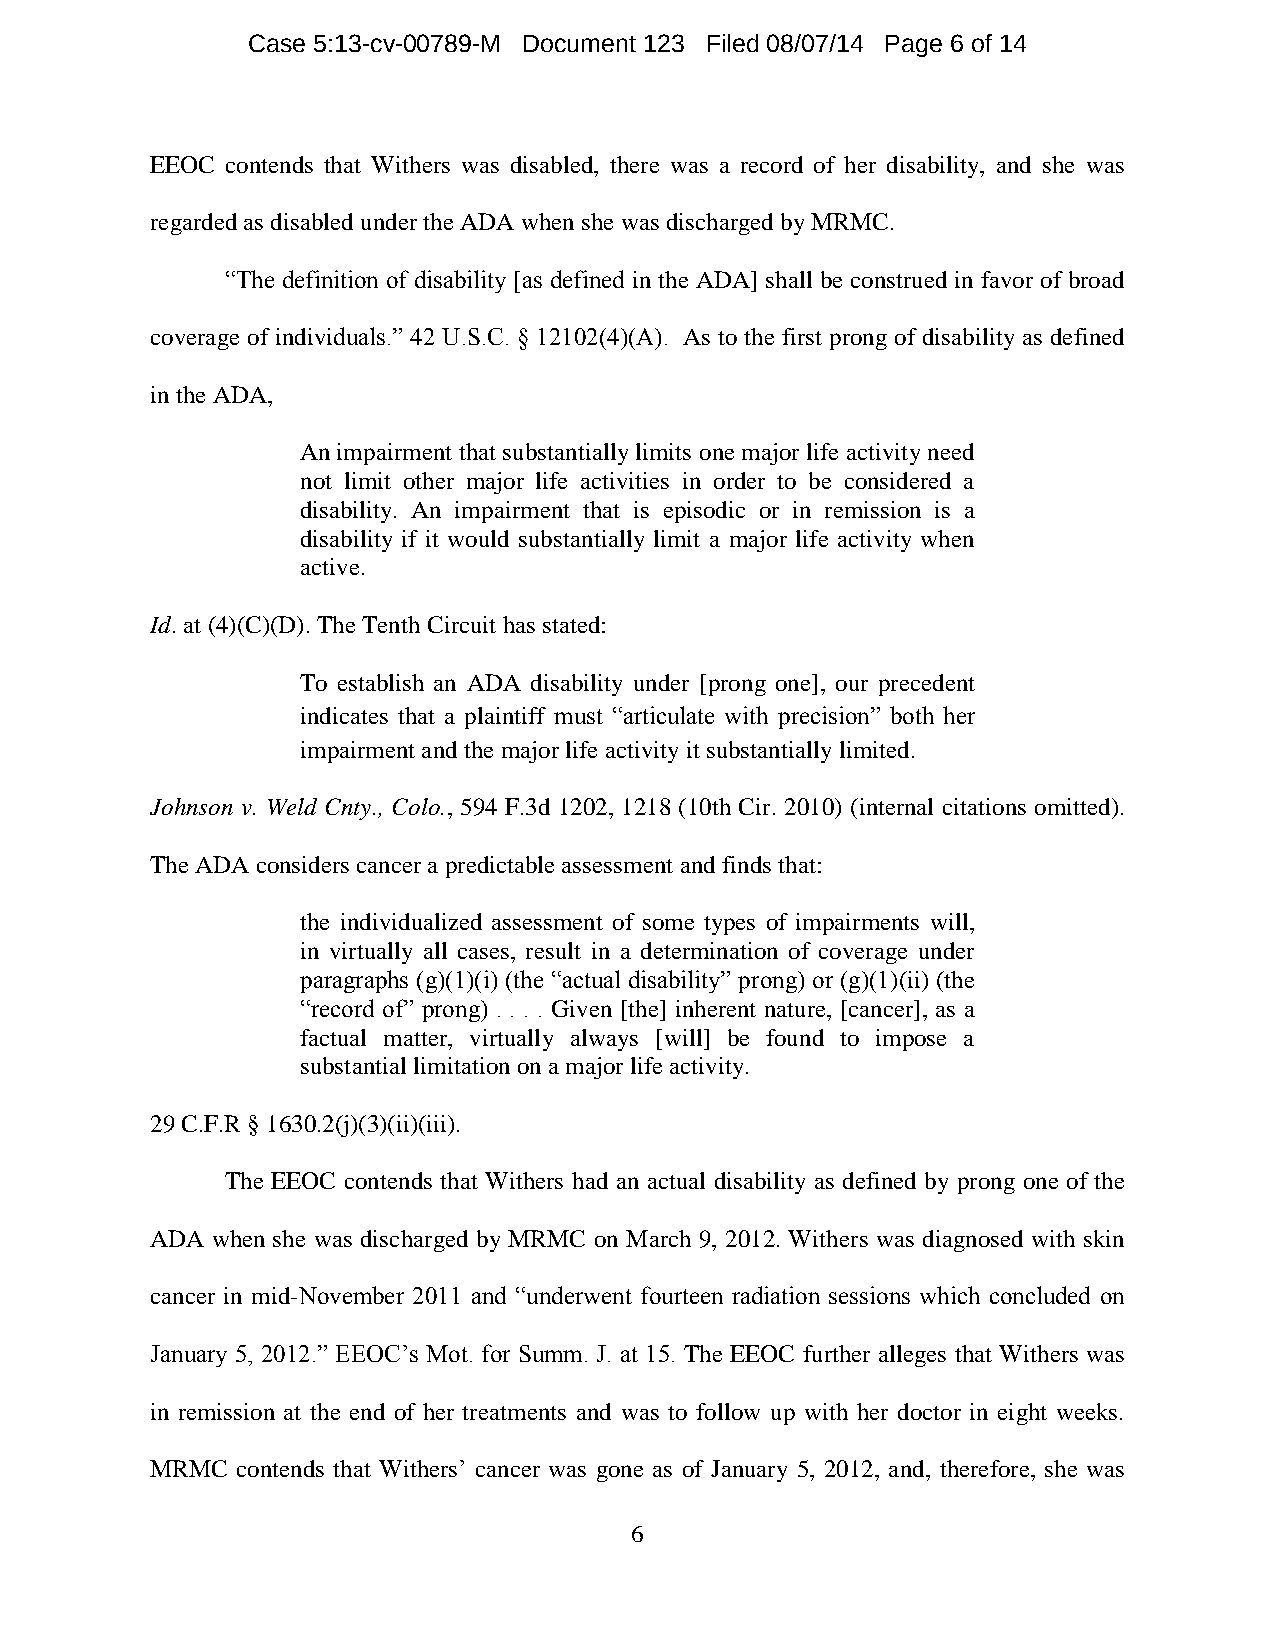
Case 5:13-cv-00789-M Document 123 Filed 08/07/14 Page 6 of 14
 EEOC contends that Withers was disabled, there was a record of her disability, and she was
 regarded as disabled under the ADA when she was discharged by MRMC.
 “The definition of disability [as defined in the ADA] shall be construed in favor of broad
 coverage of individuals.” 42 U.S.C. § 12102(4)(A). As to the first prong of disability as defined
 in the ADA,
 An impairment that substantially limits one major life activity need
 not limit other major life activities in order to be considered a
 disability. An impairment that is episodic or in remission is a
 disability if it would substantially limit a major life activity when
 active.
 Id. at (4)(C)(D). The Tenth Circuit has stated:
 To establish an ADA disability under [prong one], our precedent
 indicates that a plaintiff must “articulate with precision” both her
 impairment and the major life activity it substantially limited.
 Johnson v. Weld Cnty., Colo., 594 F.3d 1202, 1218 (10th Cir. 2010) (internal citations omitted).
 The ADA considers cancer a predictable assessment and finds that:
 the individualized assessment of some types of impairments will,
 in virtually all cases, result in a determination of coverage under
 paragraphs (g)(1)(i) (the “actual disability” prong) or (g)(1)(ii) (the
 “record of” prong) . . . . Given [the] inherent nature, [cancer], as a
 factual matter, virtually always [will] be found to impose a
 substantial limitation on a major life activity.
 29 C.F.R § 1630.2(j)(3)(ii)(iii).
 The EEOC contends that Withers had an actual disability as defined by prong one of the
 ADA when she was discharged by MRMC on March 9, 2012. Withers was diagnosed with skin
 cancer in mid-November 2011 and “underwent fourteen radiation sessions which concluded on
 January 5, 2012.” EEOC’s Mot. for Summ. J. at 15. The EEOC further alleges that Withers was
 in remission at the end of her treatments and was to follow up with her doctor in eight weeks.
 MRMC  contends that Withers’ cancer was gone as of January 5, 2012, and, therefore, she was
 6